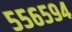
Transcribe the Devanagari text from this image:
५५६५९४